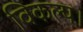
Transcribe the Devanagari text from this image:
विकल्प।